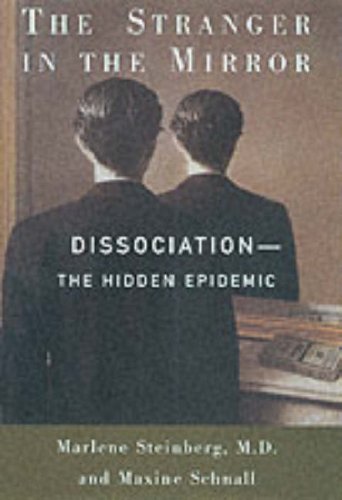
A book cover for THE STRANGER IN THE MIRROR: Dissociation: The Hidden Epidemic; Marlene, M.D. Steinberg; Health, Fitness & Dieting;